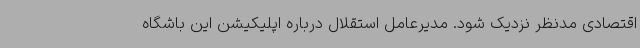
اقتصادی مدنظر نزدیک شود. مدیرعامل استقلال درباره اپلیکیشن این باشگاه